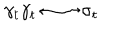
\gamma _ { t } \gamma _ { t } \longleftrightarrow \sigma _ { t }